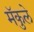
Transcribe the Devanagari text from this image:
मॅकुले